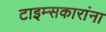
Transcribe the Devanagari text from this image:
टाइम्सकारांना